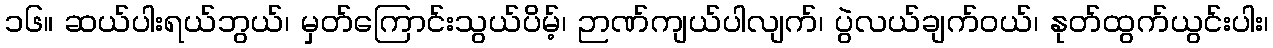
၁၆။ ဆယ်ပါးရယ်ဘွယ်၊ မှတ်ကြောင်းသွယ်ပိမ့်၊ ဉာဏ်ကျယ်ပါလျက်၊ ပွဲလယ်ချက်ဝယ်၊ နုတ်ထွက်ယွင်းပါး၊